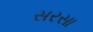
સરસા